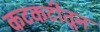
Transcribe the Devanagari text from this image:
कटकटीतून